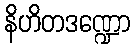
နိဟိတဒဏ္ဍော